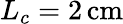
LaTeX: L_{c}=2\, \mathrm{cm}